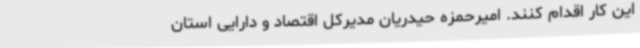
این کار اقدام کنند. امیرحمزه حیدریان مدیرکل اقتصاد و دارایی استان